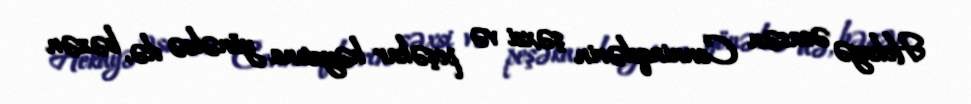
Hekayə əsasən Cenninqslərin şəxsi və peşəkar həyatına yönəlsə də, bəzən